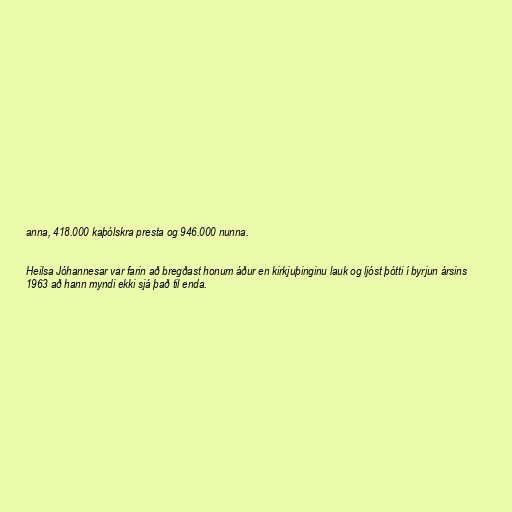
anna, 418.000 kaþólskra presta og 946.000 nunna.

Heilsa Jóhannesar var farin að bregðast honum áður en kirkjuþinginu lauk og ljóst þótti í byrjun ársins
1963 að hann myndi ekki sjá það til enda.